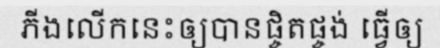
ភីងលើកនេះឲ្យបានផ្ចិតផ្ចង់ ធ្វើឲ្យ